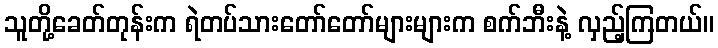
သူတို့ခေတ်တုန်းက ရဲတပ်သားတော်တော်များများက စက်ဘီးနဲ့ လှည့်ကြတယ်။